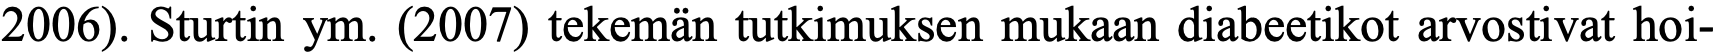
2006). Sturtin ym. (2007) tekemän tutkimuksen mukaan diabeetikot arvostivat hoi-